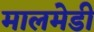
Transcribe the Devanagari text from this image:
मालमेडी